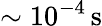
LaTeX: \sim 10^{-4}\, \mathrm{s}